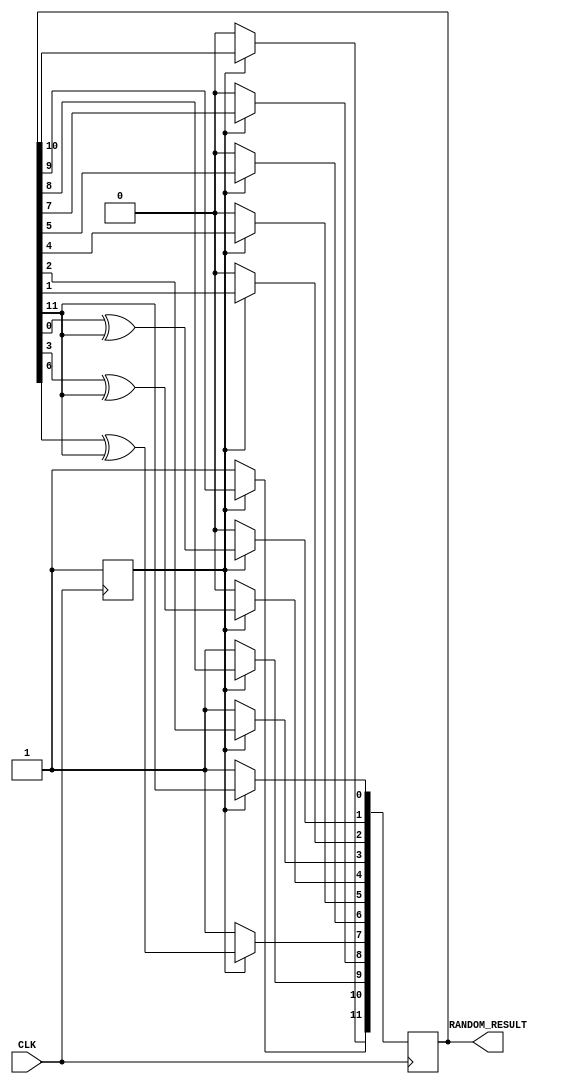
module Random_Generator_12bits_auto(CLK,RANDOM_RESULT);
	input CLK;
	output reg [11:0]RANDOM_RESULT;

	parameter INITIALIZE=1'b0;
	parameter AUTO_GENERATE=1'b1;

	reg current_state=INITIALIZE;
	reg next_state;

	always @(posedge CLK)begin
		current_state<=next_state;
	end

	always @(current_state)begin
		if(current_state==INITIALIZE)begin
			next_state=AUTO_GENERATE;
		end
		else begin
			next_state=AUTO_GENERATE;
		end
	end

	always @(posedge CLK)begin
		case(current_state)
			INITIALIZE:begin
				RANDOM_RESULT<=12'b011010001001;
			end
			default:begin
				RANDOM_RESULT[0]<=RANDOM_RESULT[11];
				RANDOM_RESULT[1]<=RANDOM_RESULT[0]^RANDOM_RESULT[11];
				RANDOM_RESULT[2]<=RANDOM_RESULT[1];
				RANDOM_RESULT[3]<=RANDOM_RESULT[2];
				RANDOM_RESULT[4]<=RANDOM_RESULT[3]^RANDOM_RESULT[11];
				RANDOM_RESULT[5]<=RANDOM_RESULT[4];
				RANDOM_RESULT[6]<=RANDOM_RESULT[5];
				RANDOM_RESULT[7]<=RANDOM_RESULT[6]^RANDOM_RESULT[11];
				RANDOM_RESULT[8]<=RANDOM_RESULT[7];
				RANDOM_RESULT[9]<=RANDOM_RESULT[8];
				RANDOM_RESULT[10]<=RANDOM_RESULT[9];
				RANDOM_RESULT[11]<=RANDOM_RESULT[10];
			end
		endcase
	end
endmodule